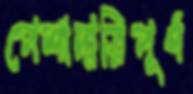
পেশাদারিপূর্ণ